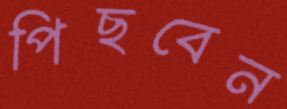
পিছবেন